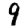
Digit: 9